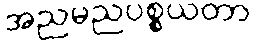
အညမညပစ္စယတာ